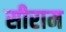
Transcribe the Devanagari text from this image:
सीराम